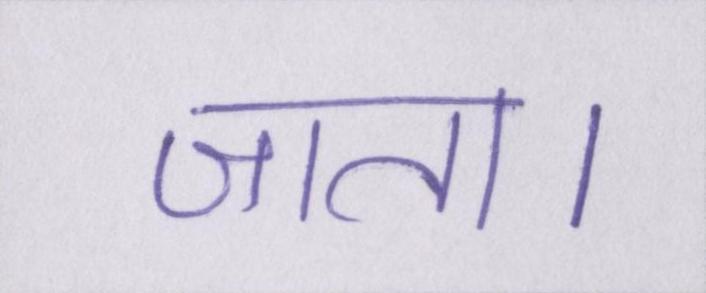
जाता।